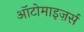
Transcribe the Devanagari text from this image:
ऑटोमाइज़र्स